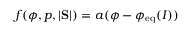
f ( \phi , p , | \mathrm { \bf S } | ) = a ( \phi - \phi _ { \mathrm { e q } } ( I ) )